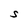
Character: S